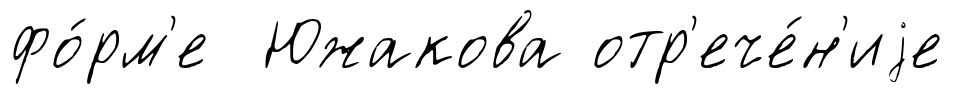
фо́рм'е Южакова отр'ече́н'иjе